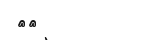
٤٨